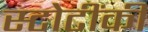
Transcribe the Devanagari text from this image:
स्टोटींकी